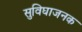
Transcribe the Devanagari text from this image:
सुविघाजनक